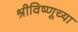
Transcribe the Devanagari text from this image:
श्रीविष्णूच्या